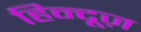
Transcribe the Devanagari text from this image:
हिन्दूज़